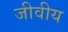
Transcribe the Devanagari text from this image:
जीवीय